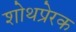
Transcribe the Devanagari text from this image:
शोथप्रेरक